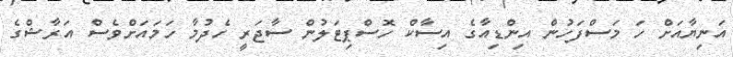
އަނިޔާއަށް ހަ މަސްފަހުން އިންޑިއާގެ އިސާކް ހޮސްޕިޓަލުން ސާޖަރީ ހެދުމާ ހަމައަށްވެސް އަރާޝްގެ